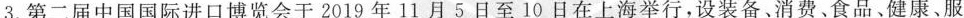
3.第二届中国国际进口博览会于2019年11月5日至10日在上海举行，设装备、消费、食品、健康、服